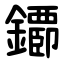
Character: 䥮